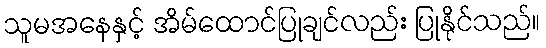
သူမအနေနှင့် အိမ်ထောင်ပြုချင်လည်း ပြုနိုင်သည်။